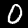
Label: 0